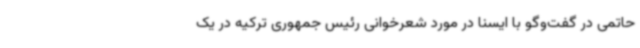
حاتمی در گفت‌وگو با ایسنا در مورد شعرخوانی رئیس جمهوری ترکیه در یک